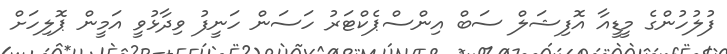
ފުލުހުންގެ މީޑީއާ އޮފިޝަލް ސަބް އިންސްޕެކްޓަރު ހަސަން ހަނީފު ވިދާޅުވީ އަމީން ޕޮލިހަށް